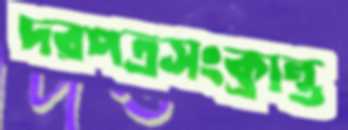
দরপত্রসংক্রান্ত